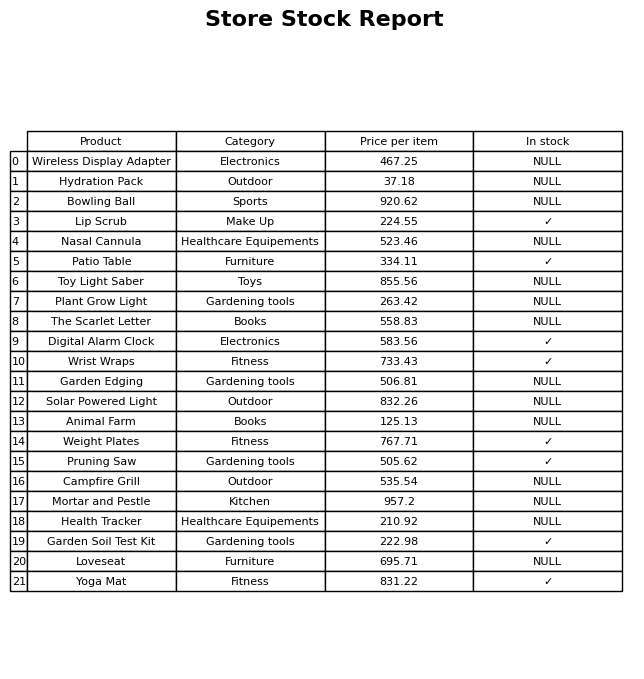
question: What is the stock status of the Digital Alarm Clock?
answer: ✓